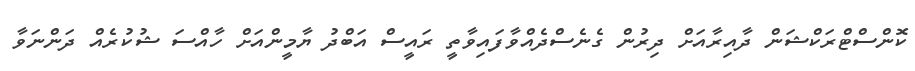
ކޮންސްޓްރަކްޝަން ދާއިރާއަށް ދިރުން ގެނެސްދެއްވާފައިވާތީ ރައީސް އަބްދު ޔާމީންއަށް ހާއްސަ ޝުކުރެއް ދަންނަވާ